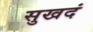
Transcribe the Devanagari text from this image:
सुखदं